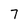
Character: 7